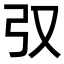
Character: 𢎤